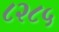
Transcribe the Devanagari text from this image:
८२८५